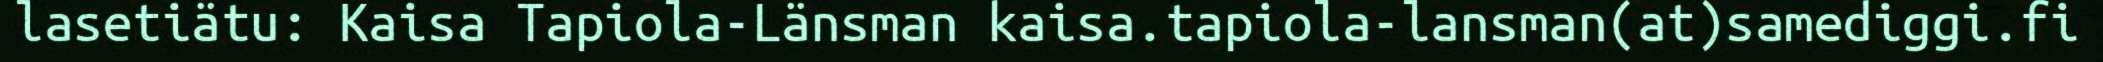
lasetiätu: Kaisa Tapiola-Länsman kaisa.tapiola-lansman(at)samediggi.fi